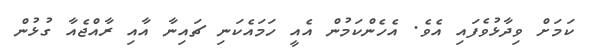
ކަމަށް ވިދާޅުވެފައި އެވެ. އެހެންކަމުން އެއީ ހަމައެކަނި ޗައިނާ އާއި ރާއްޖެއާ ގުޅުން